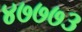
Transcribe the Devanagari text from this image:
४७७७३